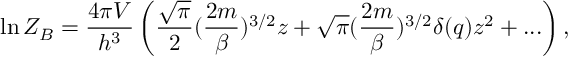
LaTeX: \ln { \cal Z } _ { B } = \frac { 4 \pi V } { h ^ { 3 } } \left( \frac { \sqrt { \pi } } { 2 } ( \frac { 2 m } { \beta } ) ^ { 3 / 2 } z + \sqrt { \pi } ( \frac { 2 m } { \beta } ) ^ { 3 / 2 } \delta ( q ) z ^ { 2 } + . . . \right) ,